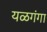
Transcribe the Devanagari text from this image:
यळगंगा